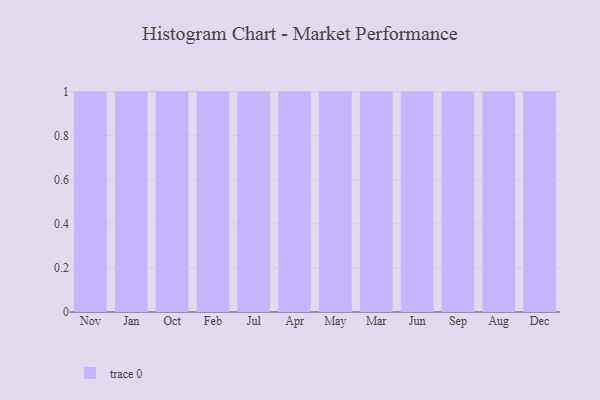
{"axis": {"x": "Month", "y": "Headcount"}, "legend": [""], "data": [{"x": "Nov", "y": 81, "type": ""}, {"x": "Jan", "y": 24, "type": ""}, {"x": "Oct", "y": 54, "type": ""}, {"x": "Feb", "y": 47, "type": ""}, {"x": "Jul", "y": 69, "type": ""}, {"x": "Apr", "y": 95, "type": ""}, {"x": "May", "y": 87, "type": ""}, {"x": "Mar", "y": 22, "type": ""}, {"x": "Jun", "y": 61, "type": ""}, {"x": "Sep", "y": 54, "type": ""}, {"x": "Aug", "y": 54, "type": ""}, {"x": "Dec", "y": 100, "type": ""}]}